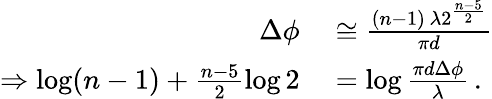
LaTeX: \begin{array}{rl}{\Delta\phi}&{{}\cong\frac{(n-1)\, \lambda 2^{\frac{n-5}{2}}}{\pi d}}\\ {\Rightarrow\log(n-1)+\frac{n-5}{2}\log 2}&{{}=\log\frac{\pi d\Delta\phi}{\lambda}\, .}\end{array}